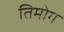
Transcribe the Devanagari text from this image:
तिमोग